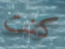
كنت